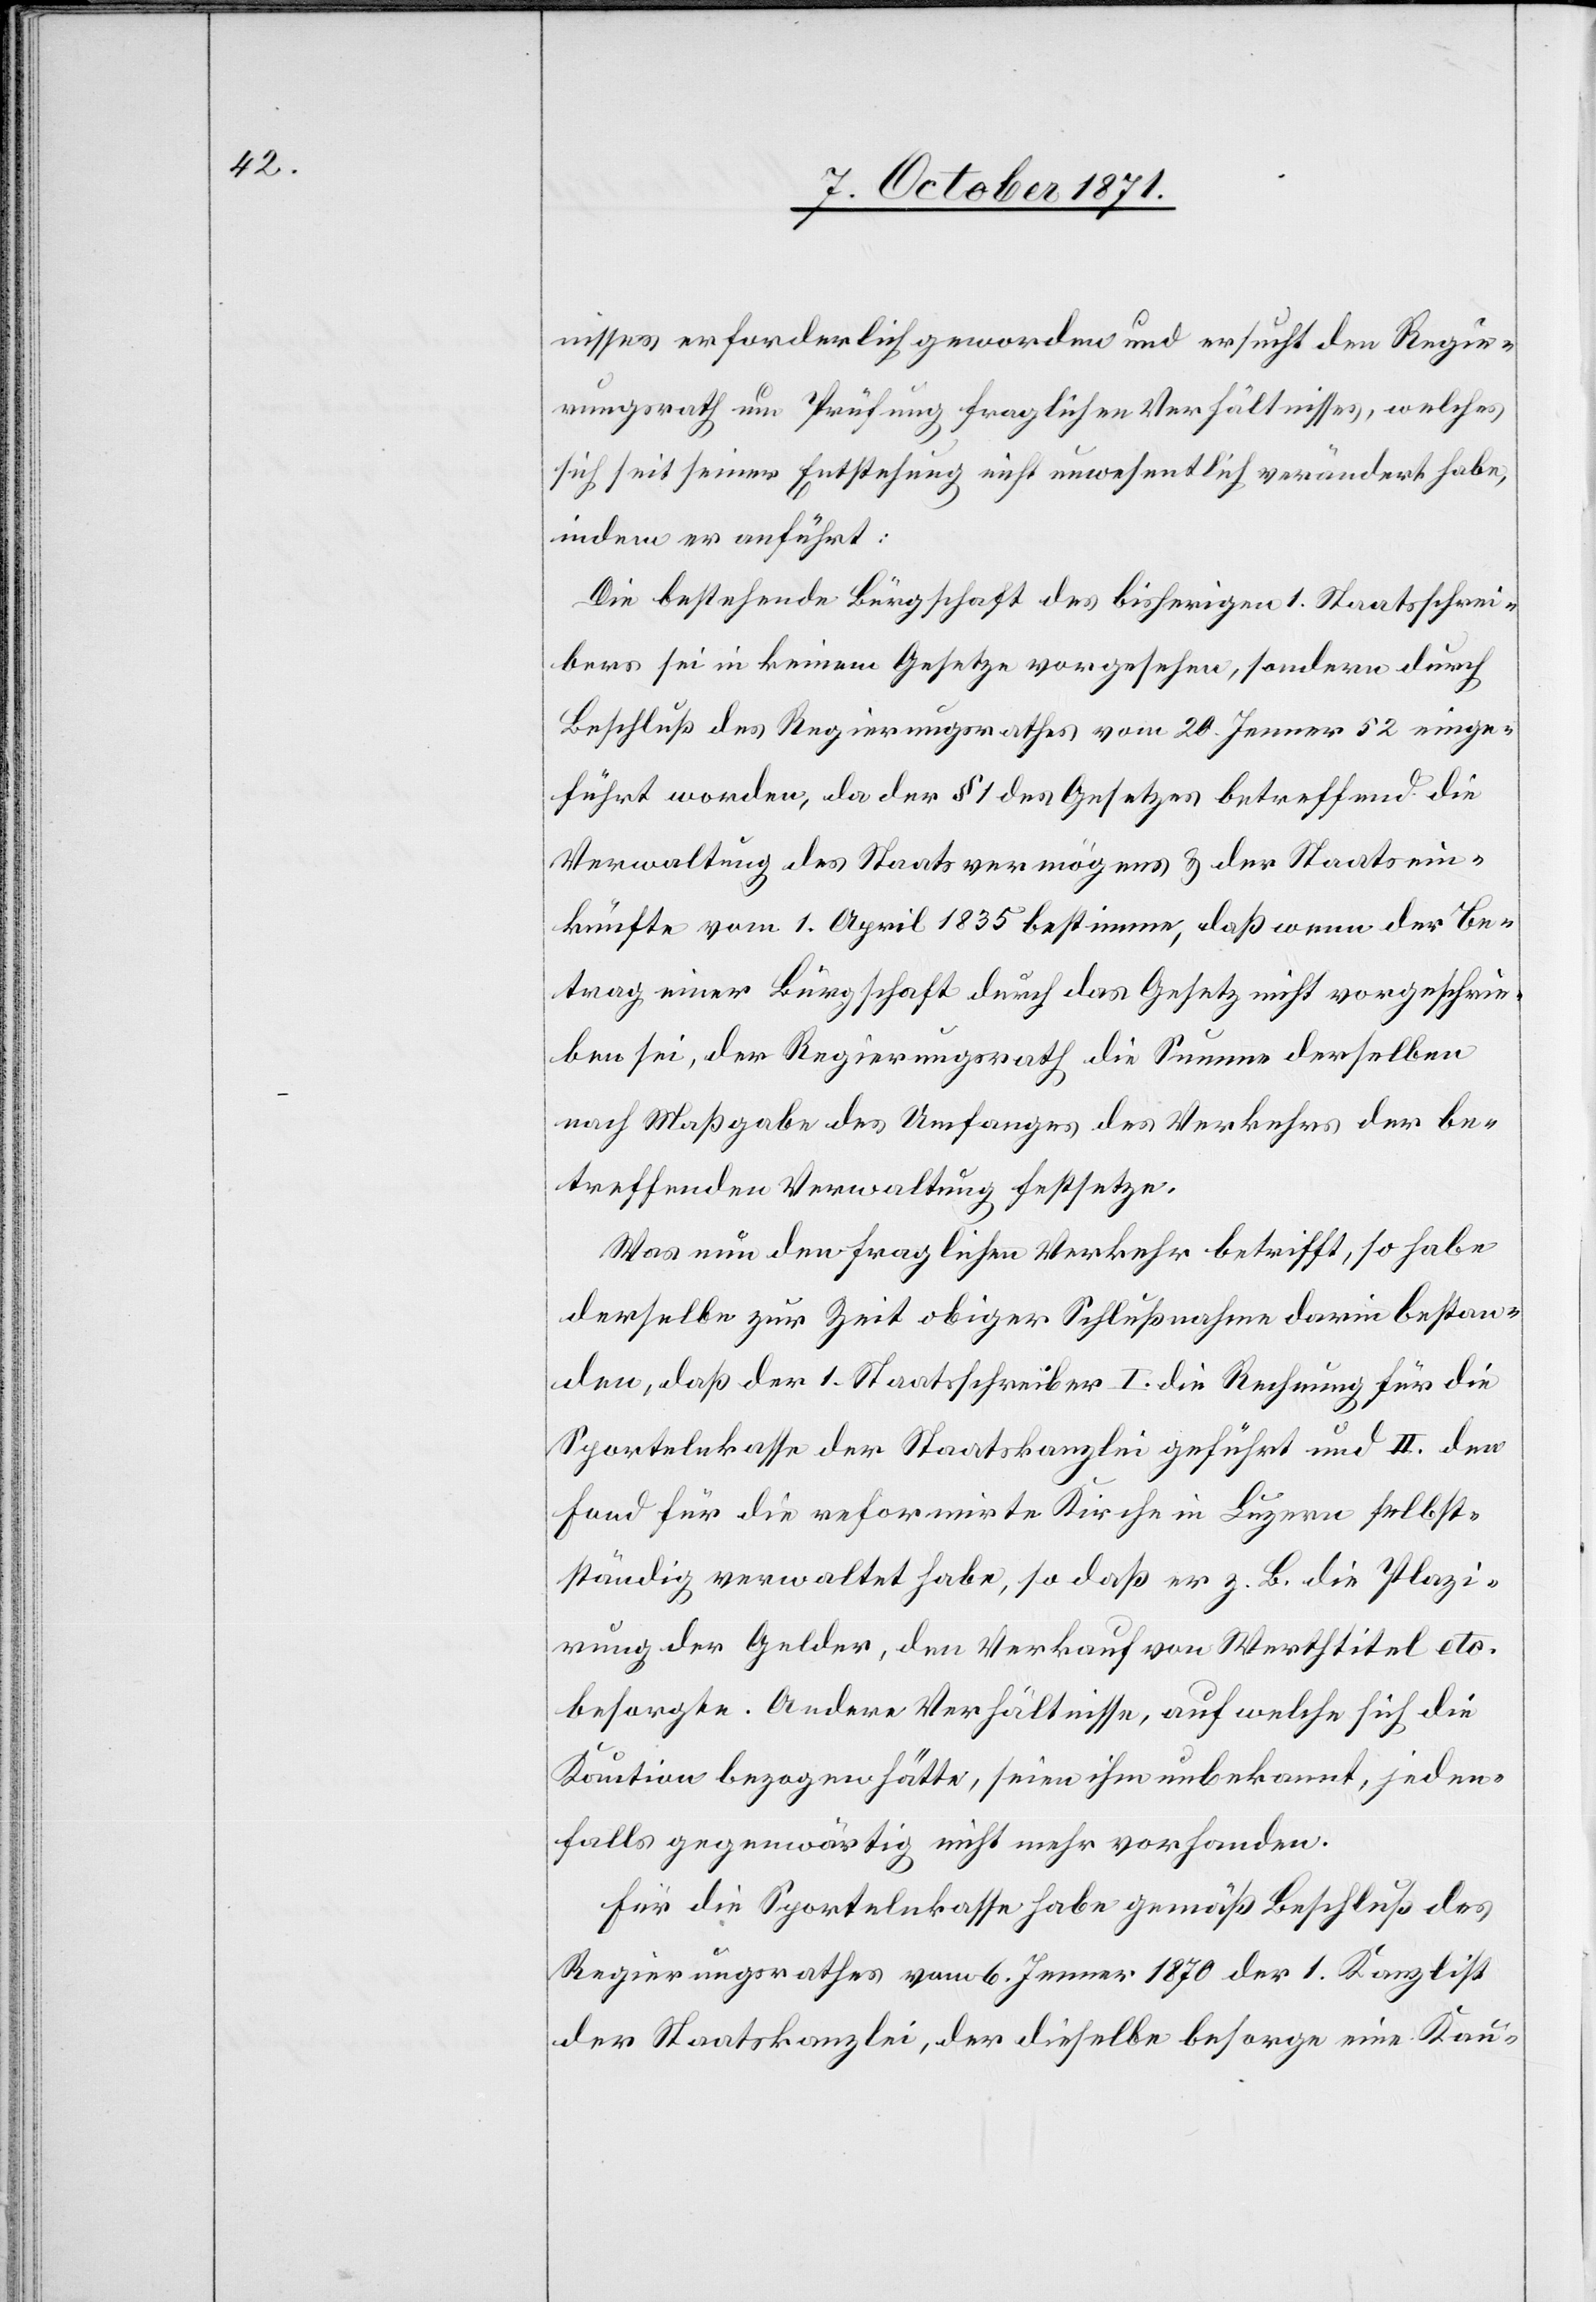
nisses erforderlich geworden und ersucht den Regie¬
rungsrath um Prüfung fraglichen Verhältnisses, welches
sich seit seiner Entstehung nicht unwesentlich verändert habe,
indem er anführt:
Die bestehende Bürgschaft des bisherigen 1. Staatsschrei¬
bers sei in keinem Gesetze vorgesehen, sondern durch
Beschluß des Regierungsrathes vom 20. Jenner 52 einge¬
führt worden, da der § 1 des Gesetzes betreffend die
Verwaltung des Staatsvermögens & der Staatsein¬
künfte vom 1. April 1835 bestimme, daß wenn der Be¬
trag einer Bürgschaft durch das Gesetz nicht vorgeschrie¬
ben sei, der Regierungsrath die Summe derselben
nach Maßgabe des Umfanges des Verkehrs der be¬
treffenden Verwaltung festsetze.
Was nun den fraglichen Verkehr betrifft, so habe
derselbe zur Zeit obiger Schlußnahme darin bestan¬
den, daß der 1. Staatsschreiber I. die Rechnung für die
Sportelnkasse der Staatskanzlei geführt und II. den
Fond für die reformirte Kirche in Luzern selbst¬
ständig verwaltet habe, so daß er z. B. die Plazi¬
rung der Gelder, den Verkauf von Werthtitel etc.
besorgte. Andere Verhältnisse, auf welche sich die
Kaution bezogen hätte, seien ihm unbekannt, jeden¬
falls gegenwärtig nicht mehr vorhanden.
Für die Sportelnkasse habe gemäß Beschluß des
Regierungsrathes vom 6. Jenner 1870 der 1. Kanzlist
der Staatskanzlei, der dieselbe besorge eine Kau-